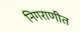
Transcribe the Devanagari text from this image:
निगराणीत